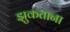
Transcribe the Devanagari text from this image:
झुकताना